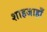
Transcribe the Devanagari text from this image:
शाहजाहाँ